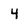
Character: 4